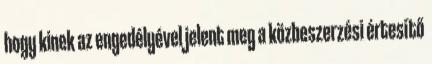
hogy kinek az engedélyével jelent meg a közbeszerzési értesítő